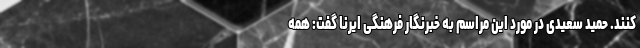
کنند. حمید سعیدی در مورد این مراسم به خبرنگار فرهنگی ایرنا گفت: همه